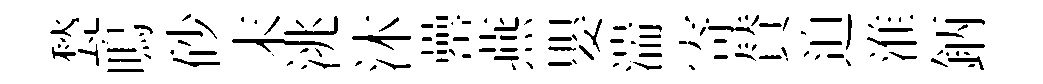
甃鳴砂末洮沐罍燕嬰湍寄賛迫淮鈵